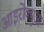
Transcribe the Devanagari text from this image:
आइरोक्युआ